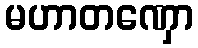
မဟာတဏှော